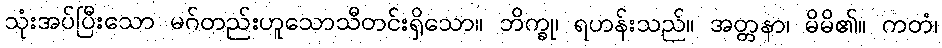
သုံးအပ်ပြီးသော မဂ်တည်းဟူသောသီတင်းရှိသော။ ဘိက္ခု၊ ရဟန်းသည်။ အတ္တနာ၊ မိမိ၏။ ကတံ၊